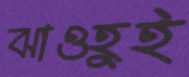
ঝাওহুই